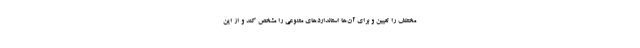
مختلف را تعیین و برای آن‌ها استانداردهای متنوعی را مشخص کند و از این